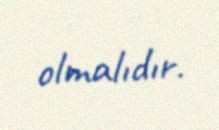
olmalıdır.